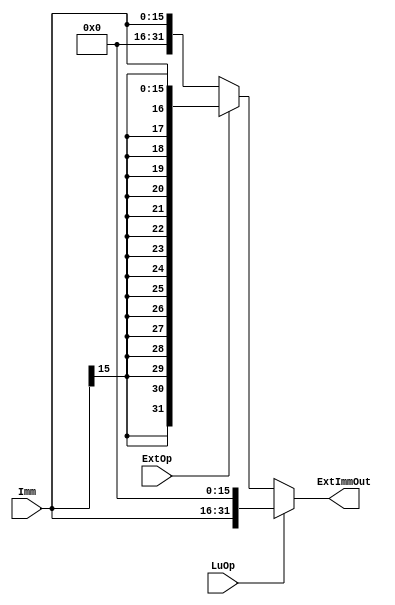
module Ext (
    input ExtOp,
    input LuOp,
    //input Sign;//"Sign"ExtOp
    input [15:0]Imm,

    output [31:0]ExtImmOut
);

    wire [31:0]LuImm;
    wire [31:0]ExtImm;

    assign ExtImm=ExtOp?{{16{Imm[15]}},Imm}:{{16{1'b0}},Imm};
    assign LuImm={Imm,{16{1'b0}}};

    assign ExtImmOut=LuOp?LuImm:ExtImm;
    
endmodule

//ExtImm16